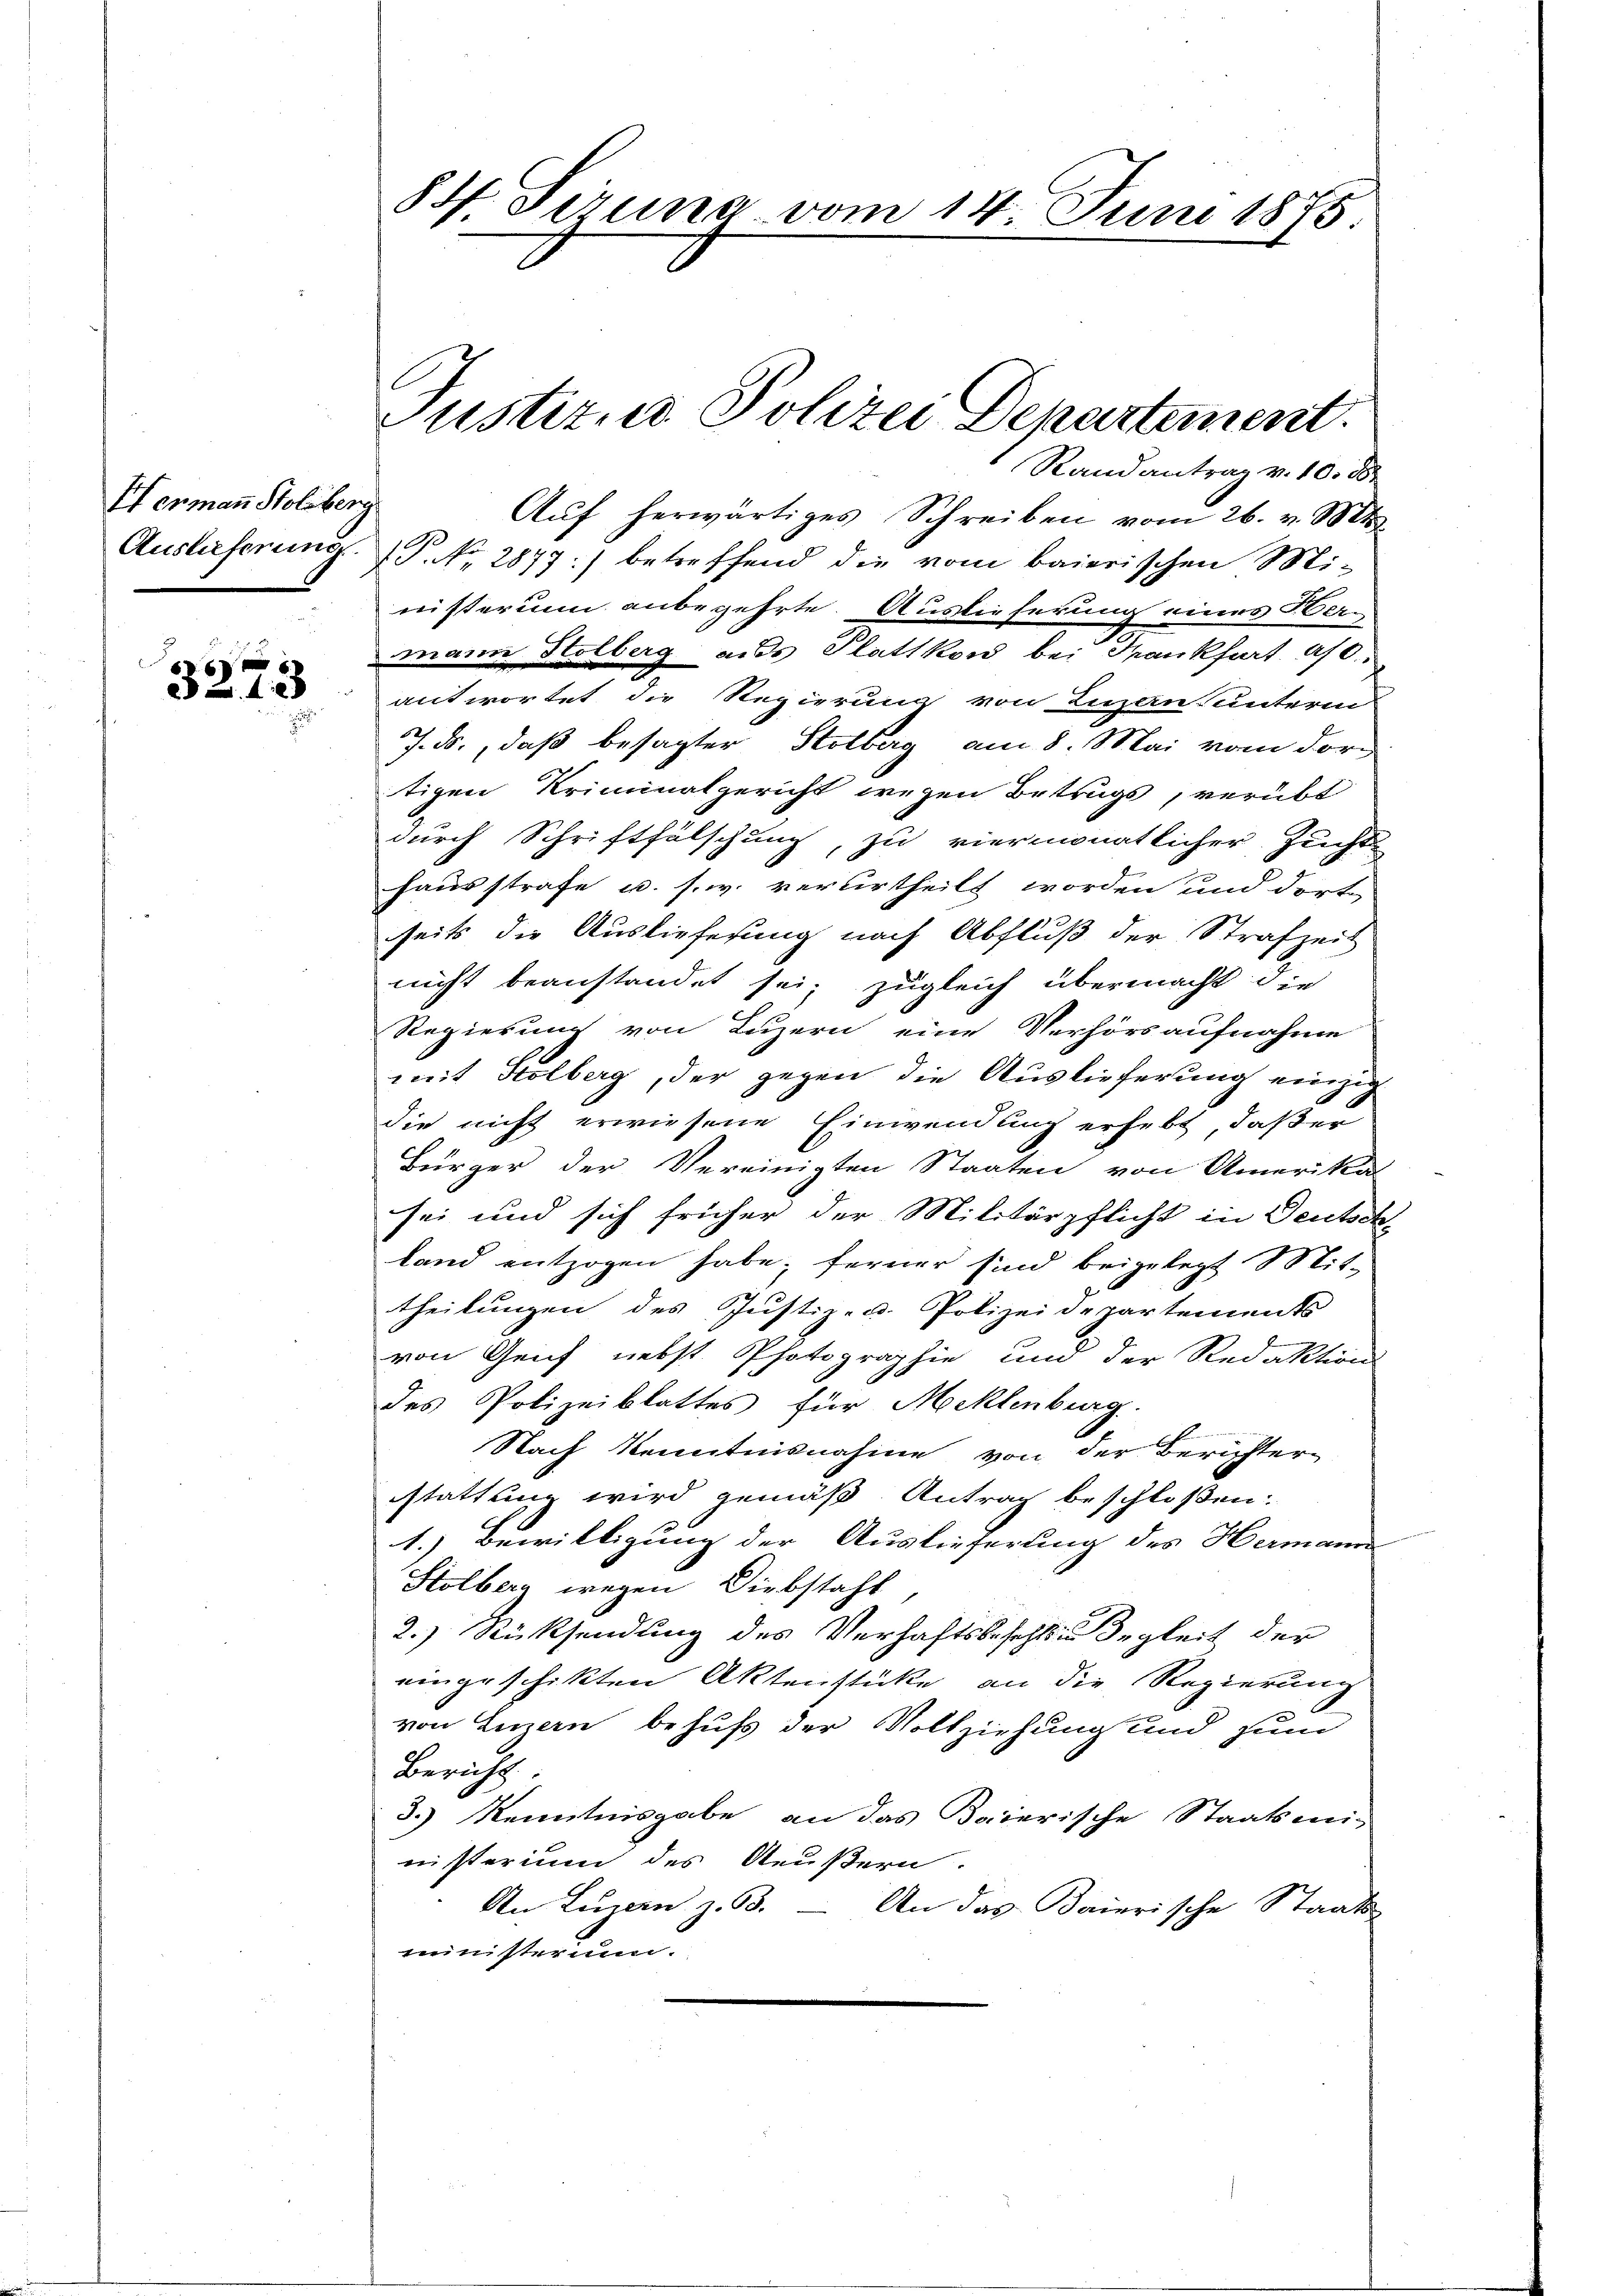
Es ermann Stolzberg

6
2 n 1. 28
z

84. Sirung vom 14. Juni 1875.

Justiz- u. Polizei Departement.
Randantrag v. 10. 18

Aŭf herwärtiges Schreiben vom 26. v. Mts.
Auslieferung. P. Nr. 2877:) betreffend die vom baierischen Ministerum anbegehrte. Auslieferung eines Hermann Stolberg aus Plattkon bei Frankhart a/
antwortet die Regierung von Luzau unterm
J. ds., daß besagter Stolberg am 8. Mai vom durch
tigen Kriminalgericht wegen Betrugs, verübt
durch Schriftfälschung, zu viermonatlicher Zucht
hausstrafe u. s. w. verurtheilt worden und dort
seits die Auslieferung nach Abfluß der Strafzeit
nicht beanstandet sei, zugleich übermacht die
Regierung von Luzern eine Verhörsaufnahme
mit Holberg, der gegen die Auslieferung einzig
die nicht erwiesene Einwendung erhebt, daßer
Bürger der Vereinigten Staaten von Amerikal
sei und sich früher der Militärpflicht in Deutsch-
land entzogen habe; ferner sind beigelegt Mit-
theilungen des Justiz- u. Polizeidepartements
.
von Genf nebst Photographie und der Redaktion
des Polizeiblattes für Meklenburg.
Nach Kenntnisnahme von der Berichter-
stattung wird gemäß Antrag beschloßen:
1.) Bewilligung der Auslieferung des Hermann
Holberg wegen Diebstahl
2.) Rücksendung des Verhaftsbesetzten Begleit der
eingeschikten Aktenstücke an die Regierung
e
von Luzern behufs der Vollziehung und zum
Bericht
3.) Kenntnisgabe an das Baierische Staatsmi-
nisterium des Aeußern.
An Luzern z. B. — An das Baierische Staats-
ministerun